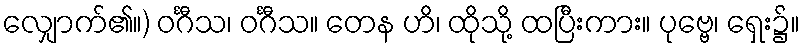
လျှောက်၏။) ဝင်္ဂီသ၊ ဝင်္ဂီသ။ တေန ဟိ၊ ထိုသို့ ထပြီးကား။ ပုဗ္ဗေ၊ ရှေး၌။